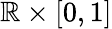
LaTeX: \mathbb{R}\times[0,1]